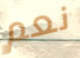
نعم